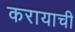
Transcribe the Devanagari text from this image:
करायाची